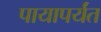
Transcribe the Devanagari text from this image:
पायापर्यंत